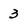
Character: 3